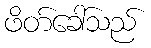
ဖိတ်ခေါ်သည်